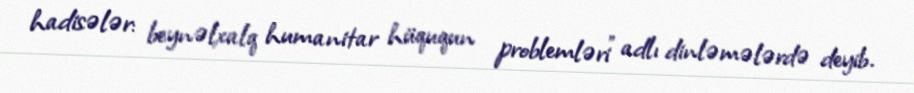
hadisələr: beynəlxalq humanitar hüququn problemləri” adlı dinləmələrdə deyib.